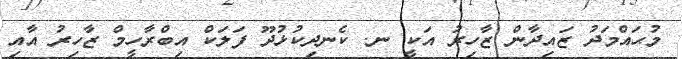
މުޙައްމަދު ޒައިދާން ޒާހިރު އަކީ ނ. ކެނދިކުޅުދޫ ފަލަކް އިބްރާހީމް ޒާހިރު އާއި